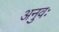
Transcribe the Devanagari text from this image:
अनुवः